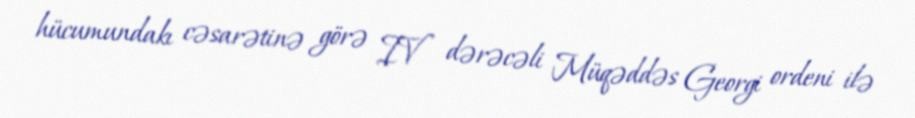
hücumundakı cəsarətinə görə IV dərəcəli Müqəddəs Georgi ordeni ilə